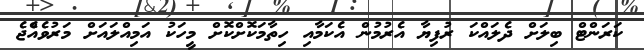
ކަރަންޓް ބިލަށް ދެލައްކަ ރުފިޔާ އެރުމުން އެކަމާއި ހިތާމަކޮށްކޮށް މީހަކު އަމިއްލަައަށް މަރުވެއްެޖެ